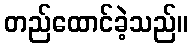
တည်ထောင်ခဲ့သည်။